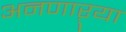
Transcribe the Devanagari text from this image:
अनणाऱ्या